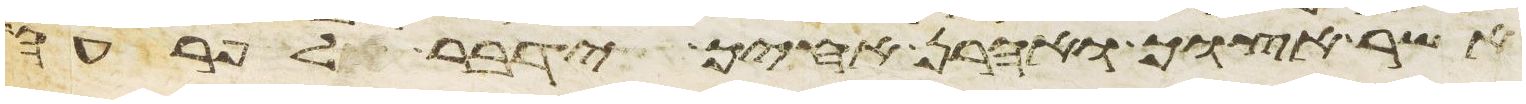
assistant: אשר אצוך ואהרן אחיך ידבר אל פרעה